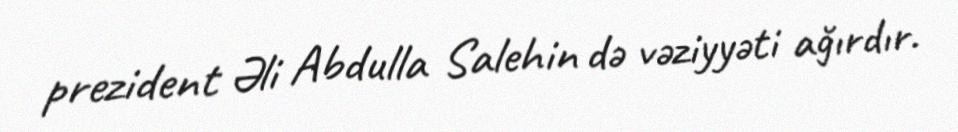
prezident Əli Abdulla Salehin də vəziyyəti ağırdır.